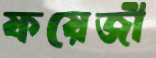
ফয়েজী